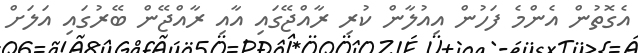
އެގޮތުން އެންމެ ފަހުން އިއުލާން ކުރި ރާއްޖޭގައި އާއި ރާއްޖޭން ބޭރުގައި އަލަށް